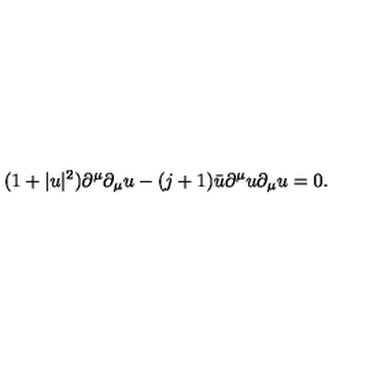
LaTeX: ( 1 + | u | ^ { 2 } ) \partial ^ { \mu } \partial _ { \mu } u - ( j + 1 ) \bar { u } \partial ^ { \mu } u \partial _ { \mu } u = 0 .